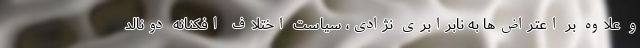
و علاوه بر اعتراض‌ها به نابرابری نژادی، سیاست اختلاف افکنانه دونالد